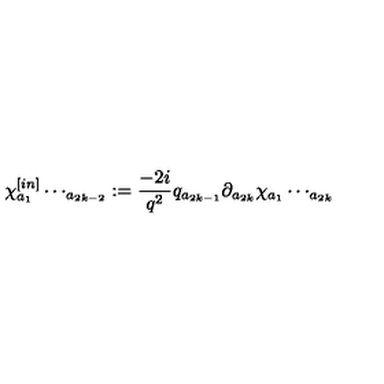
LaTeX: \chi _ { a { _ 1 } } ^ { [ i n ] } \cdots _ { a { _ { 2 k - 2 } } } : = \frac { - 2 i } { q ^ { 2 } } q _ { a { _ { 2 k - 1 } } } \partial _ { a { _ { 2 k } } } \chi _ { a { _ 1 } } \cdots _ { a { _ { 2 k } } }